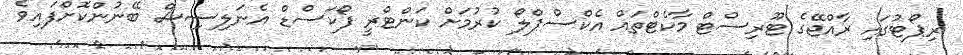
ރިޕޯޓުގައި ރާއްޖޭގެ ޓޫރިސްޓް މާކެޓްތައް އެކްސްޕްލޯ ކުރުމަށް ކަންޓްރީ ފޯކަސްޑް އެނަލިސިސް ބޭނުންކޮށްފައިވެ